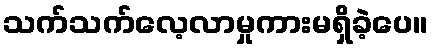
သက်သက်လေ့လာမှုကားမရှိခဲ့ပေ။